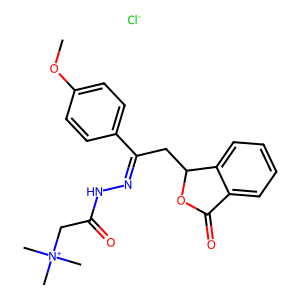
SMILES: COc1ccc(C(CC2OC(=O)c3ccccc32)=NNC(=O)C[N+](C)(C)C)cc1.[Cl-]
Inhibits HIV replication: No